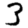
Digit: 3